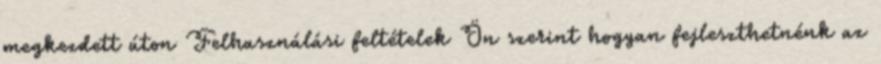
megkezdett úton Felhasználási feltételek Ön szerint hogyan fejleszthetnénk az